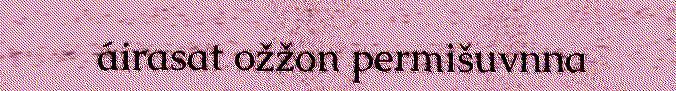
áirasat ožžon permišuvnna